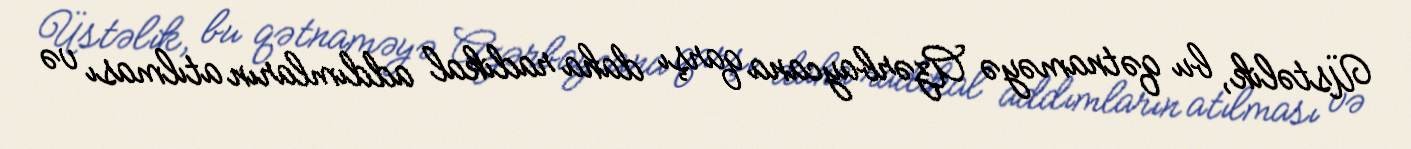
Üstəlik, bu qətnaməyə Azərbaycana qarşı daha radikal addımların atılması və